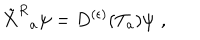
{ \tilde { X } ^ { R } } _ { a } \psi = D ^ { ( \epsilon ) } ( T _ { a } ) \psi \, \, ,